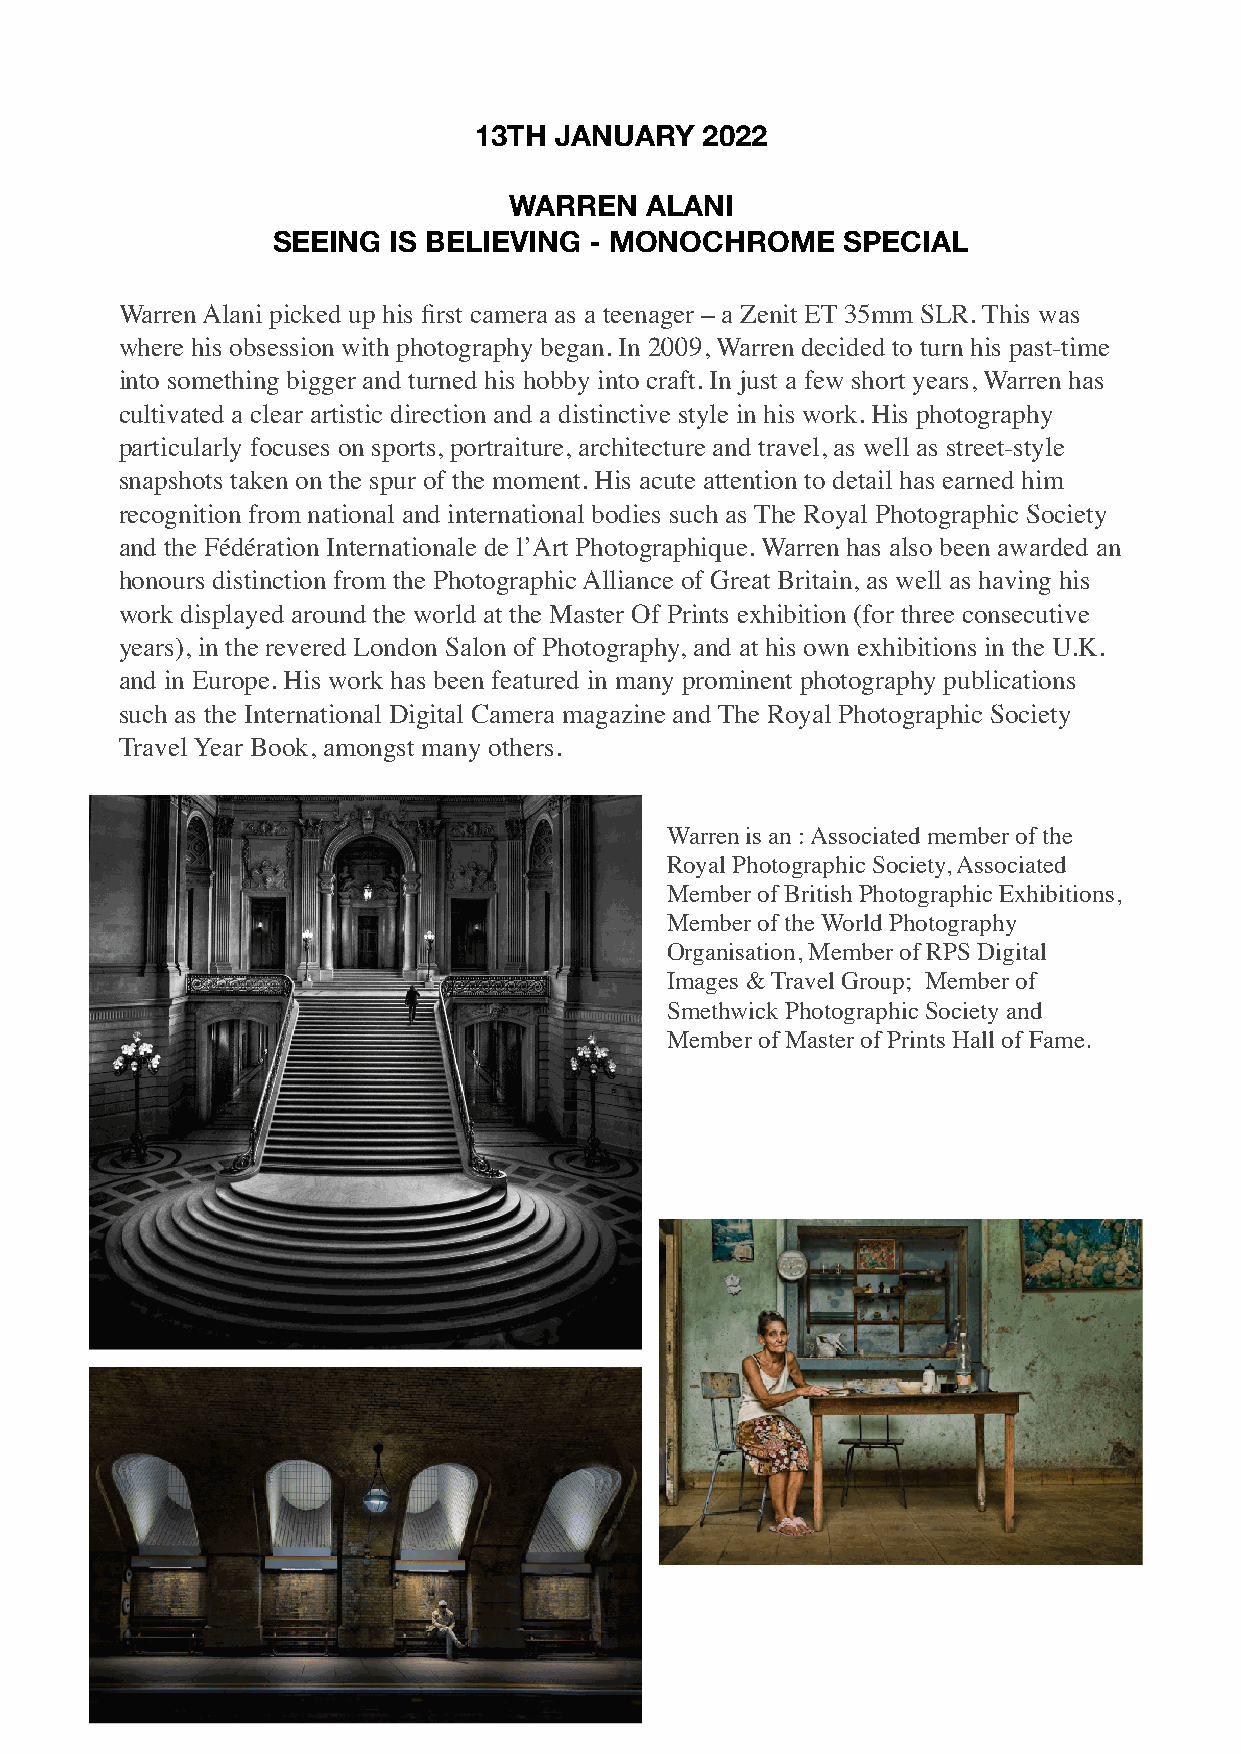
13TH  JANUARY  2022
 WARREN   ALANI
 SEEING  IS BELIEVING - MONOCHROME     SPECIAL
 Warren Alani picked up his first camera as a teenager – a Zenit ET 35mm SLR. This was
 where his obsession with photography began. In 2009, Warren decided to turn his past-time
 into something bigger and turned his hobby into craft. In just a few short years, Warren has
 cultivated a clear artistic direction and a distinctive style in his work. His photography
 particularly focuses on sports, portraiture, architecture and travel, as well as street-style
 snapshots taken on the spur of the moment. His acute attention to detail has earned him
 recognition from national and international bodies such as The Royal Photographic Society
 and the Fédération Internationale de l’Art Photographique. Warren has also been awarded an
 honours distinction from the Photographic Alliance of Great Britain, as well as having his
 work displayed around the world at the Master Of Prints exhibition (for three consecutive
 years), in the revered London Salon of Photography, and at his own exhibitions in the U.K.
 and in Europe. His work has been featured in many prominent photography publications
 such as the International Digital Camera magazine and The Royal Photographic Society
 Travel Year Book, amongst many others.
 Warren is an : Associated member of the
 Royal Photographic Society, Associated
 Member of British Photographic Exhibitions,
 Member of the World Photography
 Organisation, Member of RPS Digital
 Images & Travel Group; Member of
 Smethwick Photographic Society and
 Member of Master of Prints Hall of Fame.